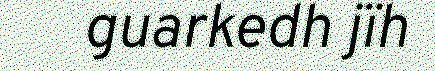
guarkedh jïh